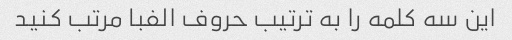
این سه کلمه را به ترتیب حروف الفبا مرتب کنید